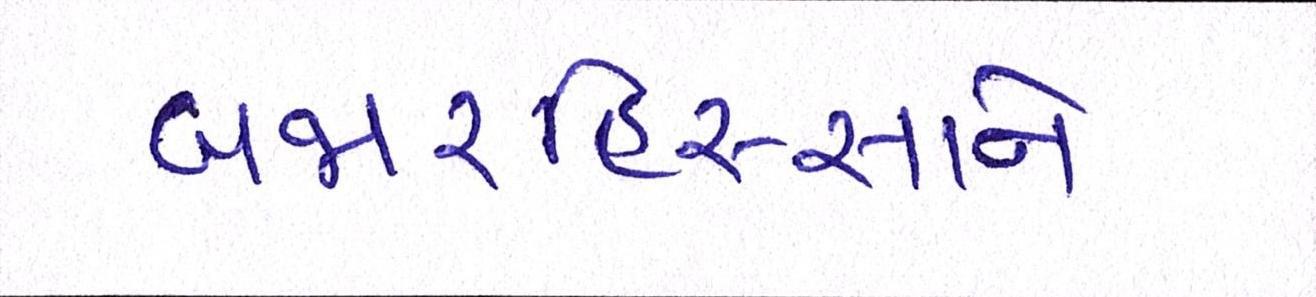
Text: બજારહિસ્સાને